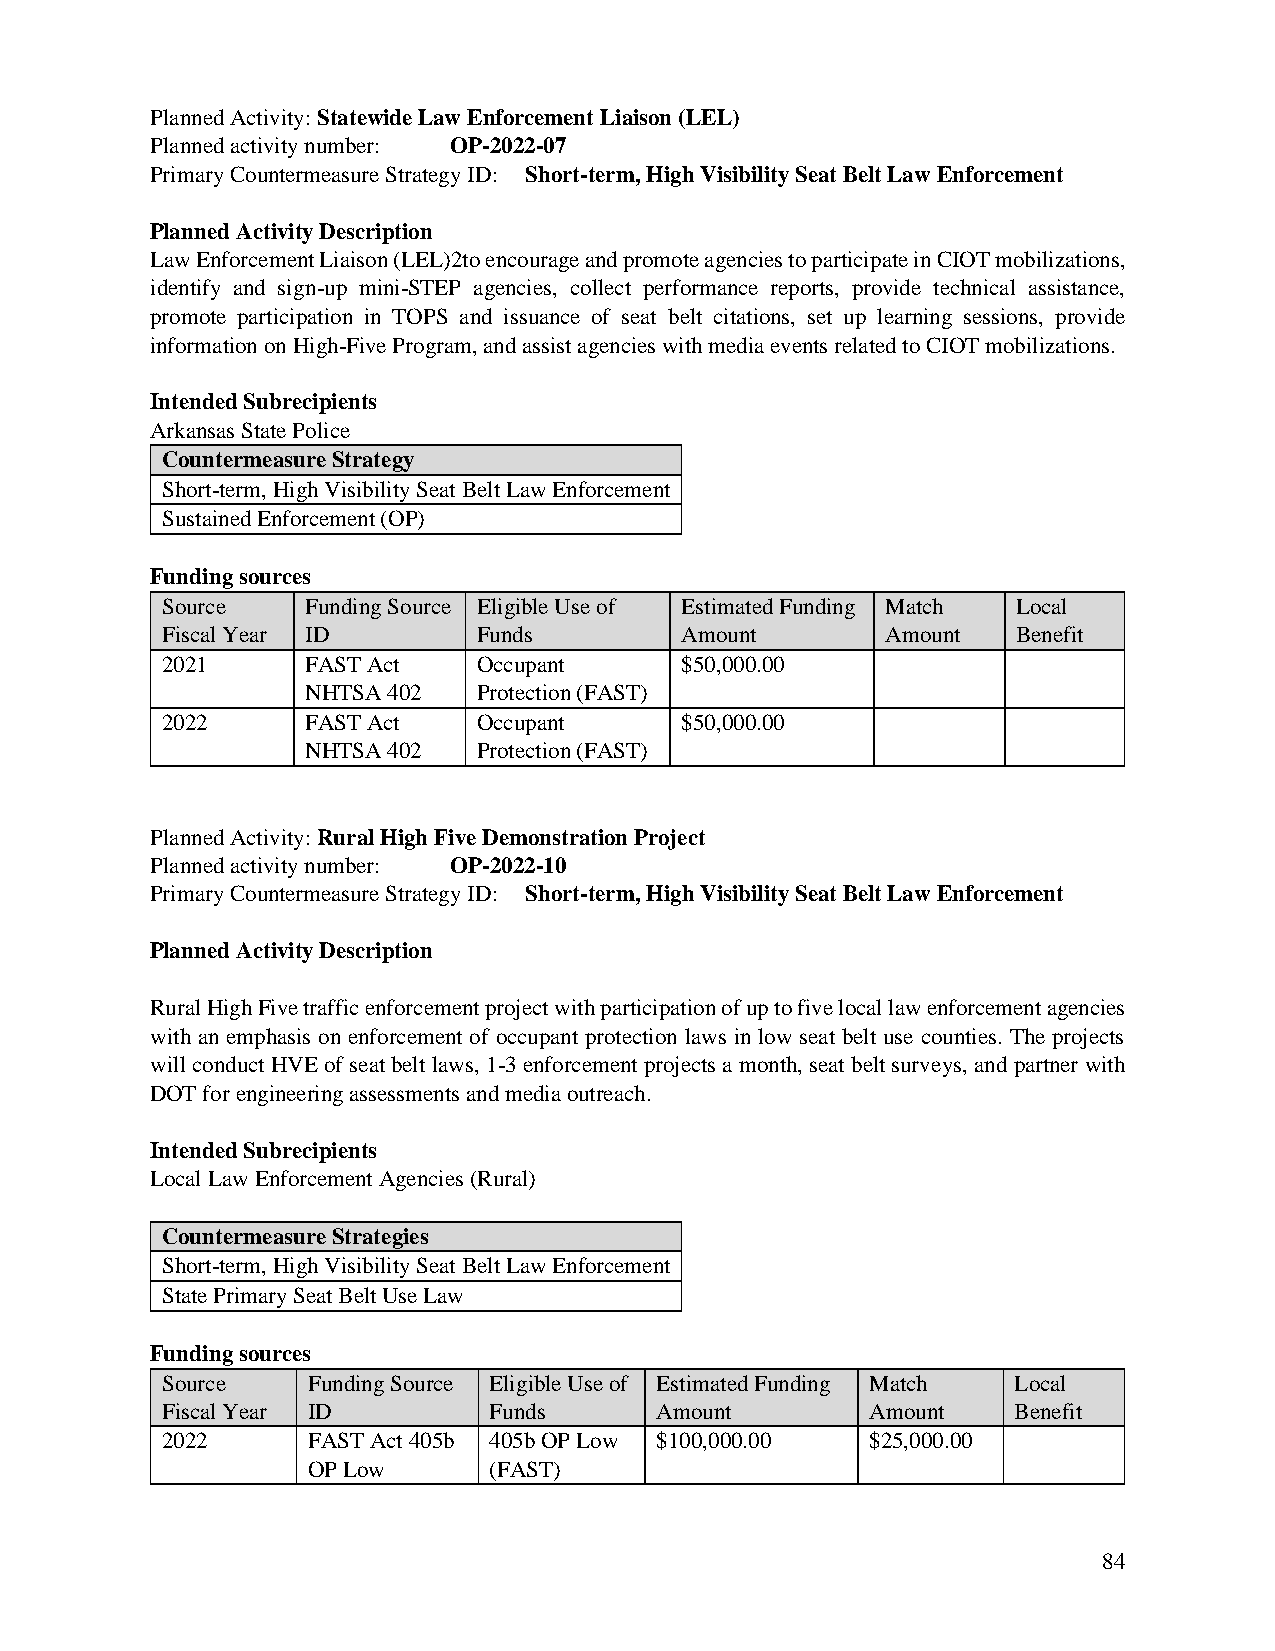
Planned Activity: Statewide Law Enforcement Liaison (LEL)
 Planned activity number: OP-2022-07
 Primary Countermeasure Strategy ID: Short-term, High Visibility Seat Belt Law Enforcement
 Planned Activity Description
 Law Enforcement Liaison (LEL)2to encourage and promote agencies to participate in CIOT mobilizations,
 identify and sign-up mini-STEP agencies, collect performance reports, provide technical assistance,
 promote participation in TOPS and issuance of seat belt citations, set up learning sessions, provide
 information on High-Five Program, and assist agencies with media events related to CIOT mobilizations.
 Intended Subrecipients
 Arkansas State Police
 Countermeasure Strategy
 Short-term, High Visibility Seat Belt Law Enforcement
 Sustained Enforcement (OP)
 Funding sources
 Source   Funding Source Eligible Use of Estimated Funding Match Local
 Fiscal Year ID       Funds        Amount        Amount  Benefit
 2021     FAST Act    Occupant     $50,000.00
 NHTSA 402   Protection (FAST)
 2022     FAST Act    Occupant     $50,000.00
 NHTSA 402   Protection (FAST)
 Planned Activity: Rural High Five Demonstration Project
 Planned activity number: OP-2022-10
 Primary Countermeasure Strategy ID: Short-term, High Visibility Seat Belt Law Enforcement
 Planned Activity Description
 Rural High Five traffic enforcement project with participation of up to five local law enforcement agencies
 with an emphasis on enforcement of occupant protection laws in low seat belt use counties. The projects
 will conduct HVE of seat belt laws, 1-3 enforcement projects a month, seat belt surveys, and partner with
 DOT for engineering assessments and media outreach.
 Intended Subrecipients
 Local Law Enforcement Agencies (Rural)
 Countermeasure Strategies
 Short-term, High Visibility Seat Belt Law Enforcement
 State Primary Seat Belt Use Law
 Funding sources
 Source   Funding Source Eligible Use of Estimated Funding Match Local
 Fiscal Year ID       Funds      Amount         Amount   Benefit
 2022     FAST Act 405b 405b OP Low $100,000.00 $25,000.00
 OP Low      (FAST)
 84